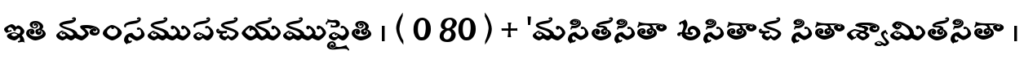
ఇతి మాంసముపచయముపైతి । ( 0 80 ) + 'మసితసితా అసితాచ సితాశ్వామితసితా ।